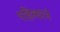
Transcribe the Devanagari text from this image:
पहिल्याने